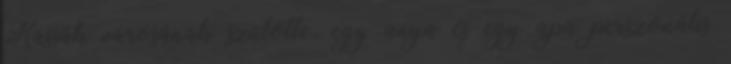
Kassák városának szülötte, egy anya és egy apa perszonális